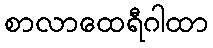
စာလာထေရီဂါထာ